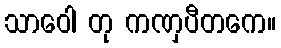
သာဝေါ တု ကဏှပီတကေ။